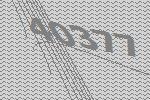
40377